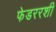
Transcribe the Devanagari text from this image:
फेडररशी